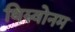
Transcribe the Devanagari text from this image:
थिरुवोनम